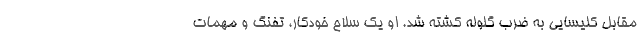
مقابل کلیسایی به ضرب گلوله کشته شد. او یک سلاح خودکار، تفنگ و مهمات